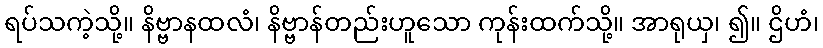
ရပ်သကဲ့သို့။ နိဗ္ဗာနထလံ၊ နိဗ္ဗာန်တည်းဟူသော ကုန်းထက်သို့။ အာရုယှ၊ ၍။ ဌိဟံ၊